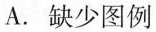
A. 缺少图例